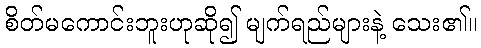
စိတ်မကောင်းဘူးဟုဆို၍ မျက်ရည်များနဲ့ သေး၏။